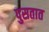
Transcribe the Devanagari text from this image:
पुसतात